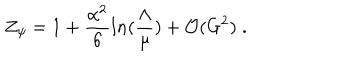
LaTeX: Z _ { \psi } = 1 + \frac { \alpha ^ { 2 } } { 6 } l n ( \frac { \Lambda } { \mu } ) + { \cal O } ( G ^ { 2 } ) \; .